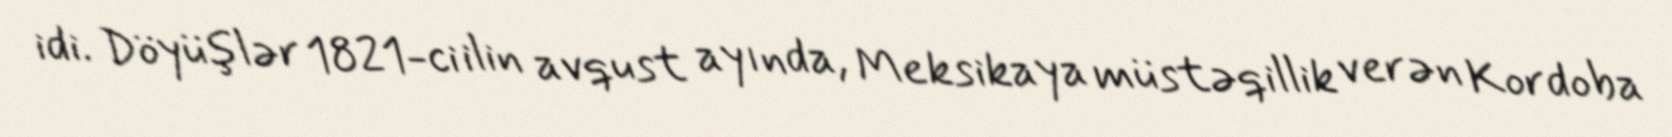
idi. Döyüşlər 1821-ci ilin avqust ayında, Meksikaya müstəqillik verən Kordoba